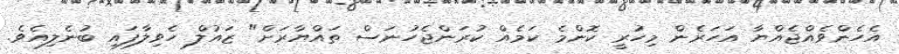
އެހެންވެއްޖެއްޔާ އަހަރެން މިހުރީ ކޮންމެ ކަމެއް ކުރަންޖެހުނަސް ތައްޔާރަށް" ޒައުލް ހެވިލާފައި ބުނެލިއެވެ.